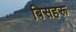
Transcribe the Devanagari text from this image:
बिसहरू